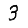
Digit: 3